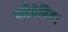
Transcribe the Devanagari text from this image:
परिवेषित।